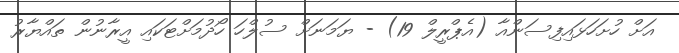
އަށް ހުށަހަޅައިފިސަންއާ (އެޕްރީލް 19) - ޔަމަނަށް ސުލްހަ ހޯދުމަށްޓަކައި އީރާނުން ތައްޔާރު